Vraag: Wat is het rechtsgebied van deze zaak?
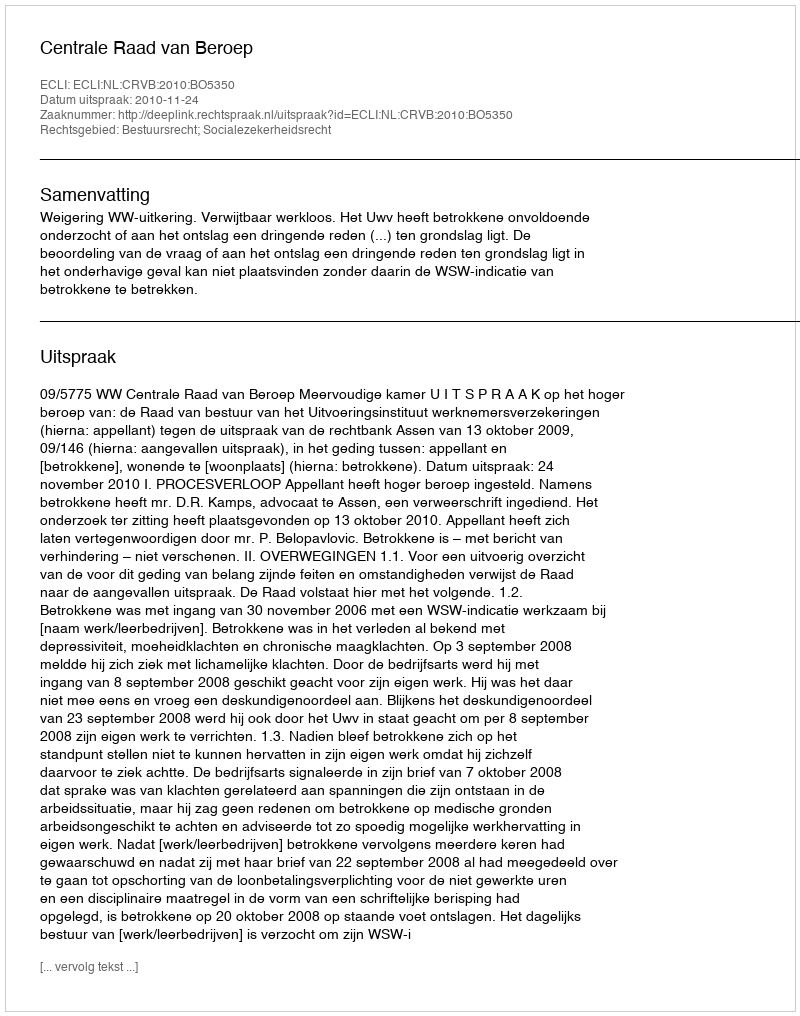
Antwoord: Bestuursrecht; Socialezekerheidsrecht